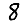
Digit: 8